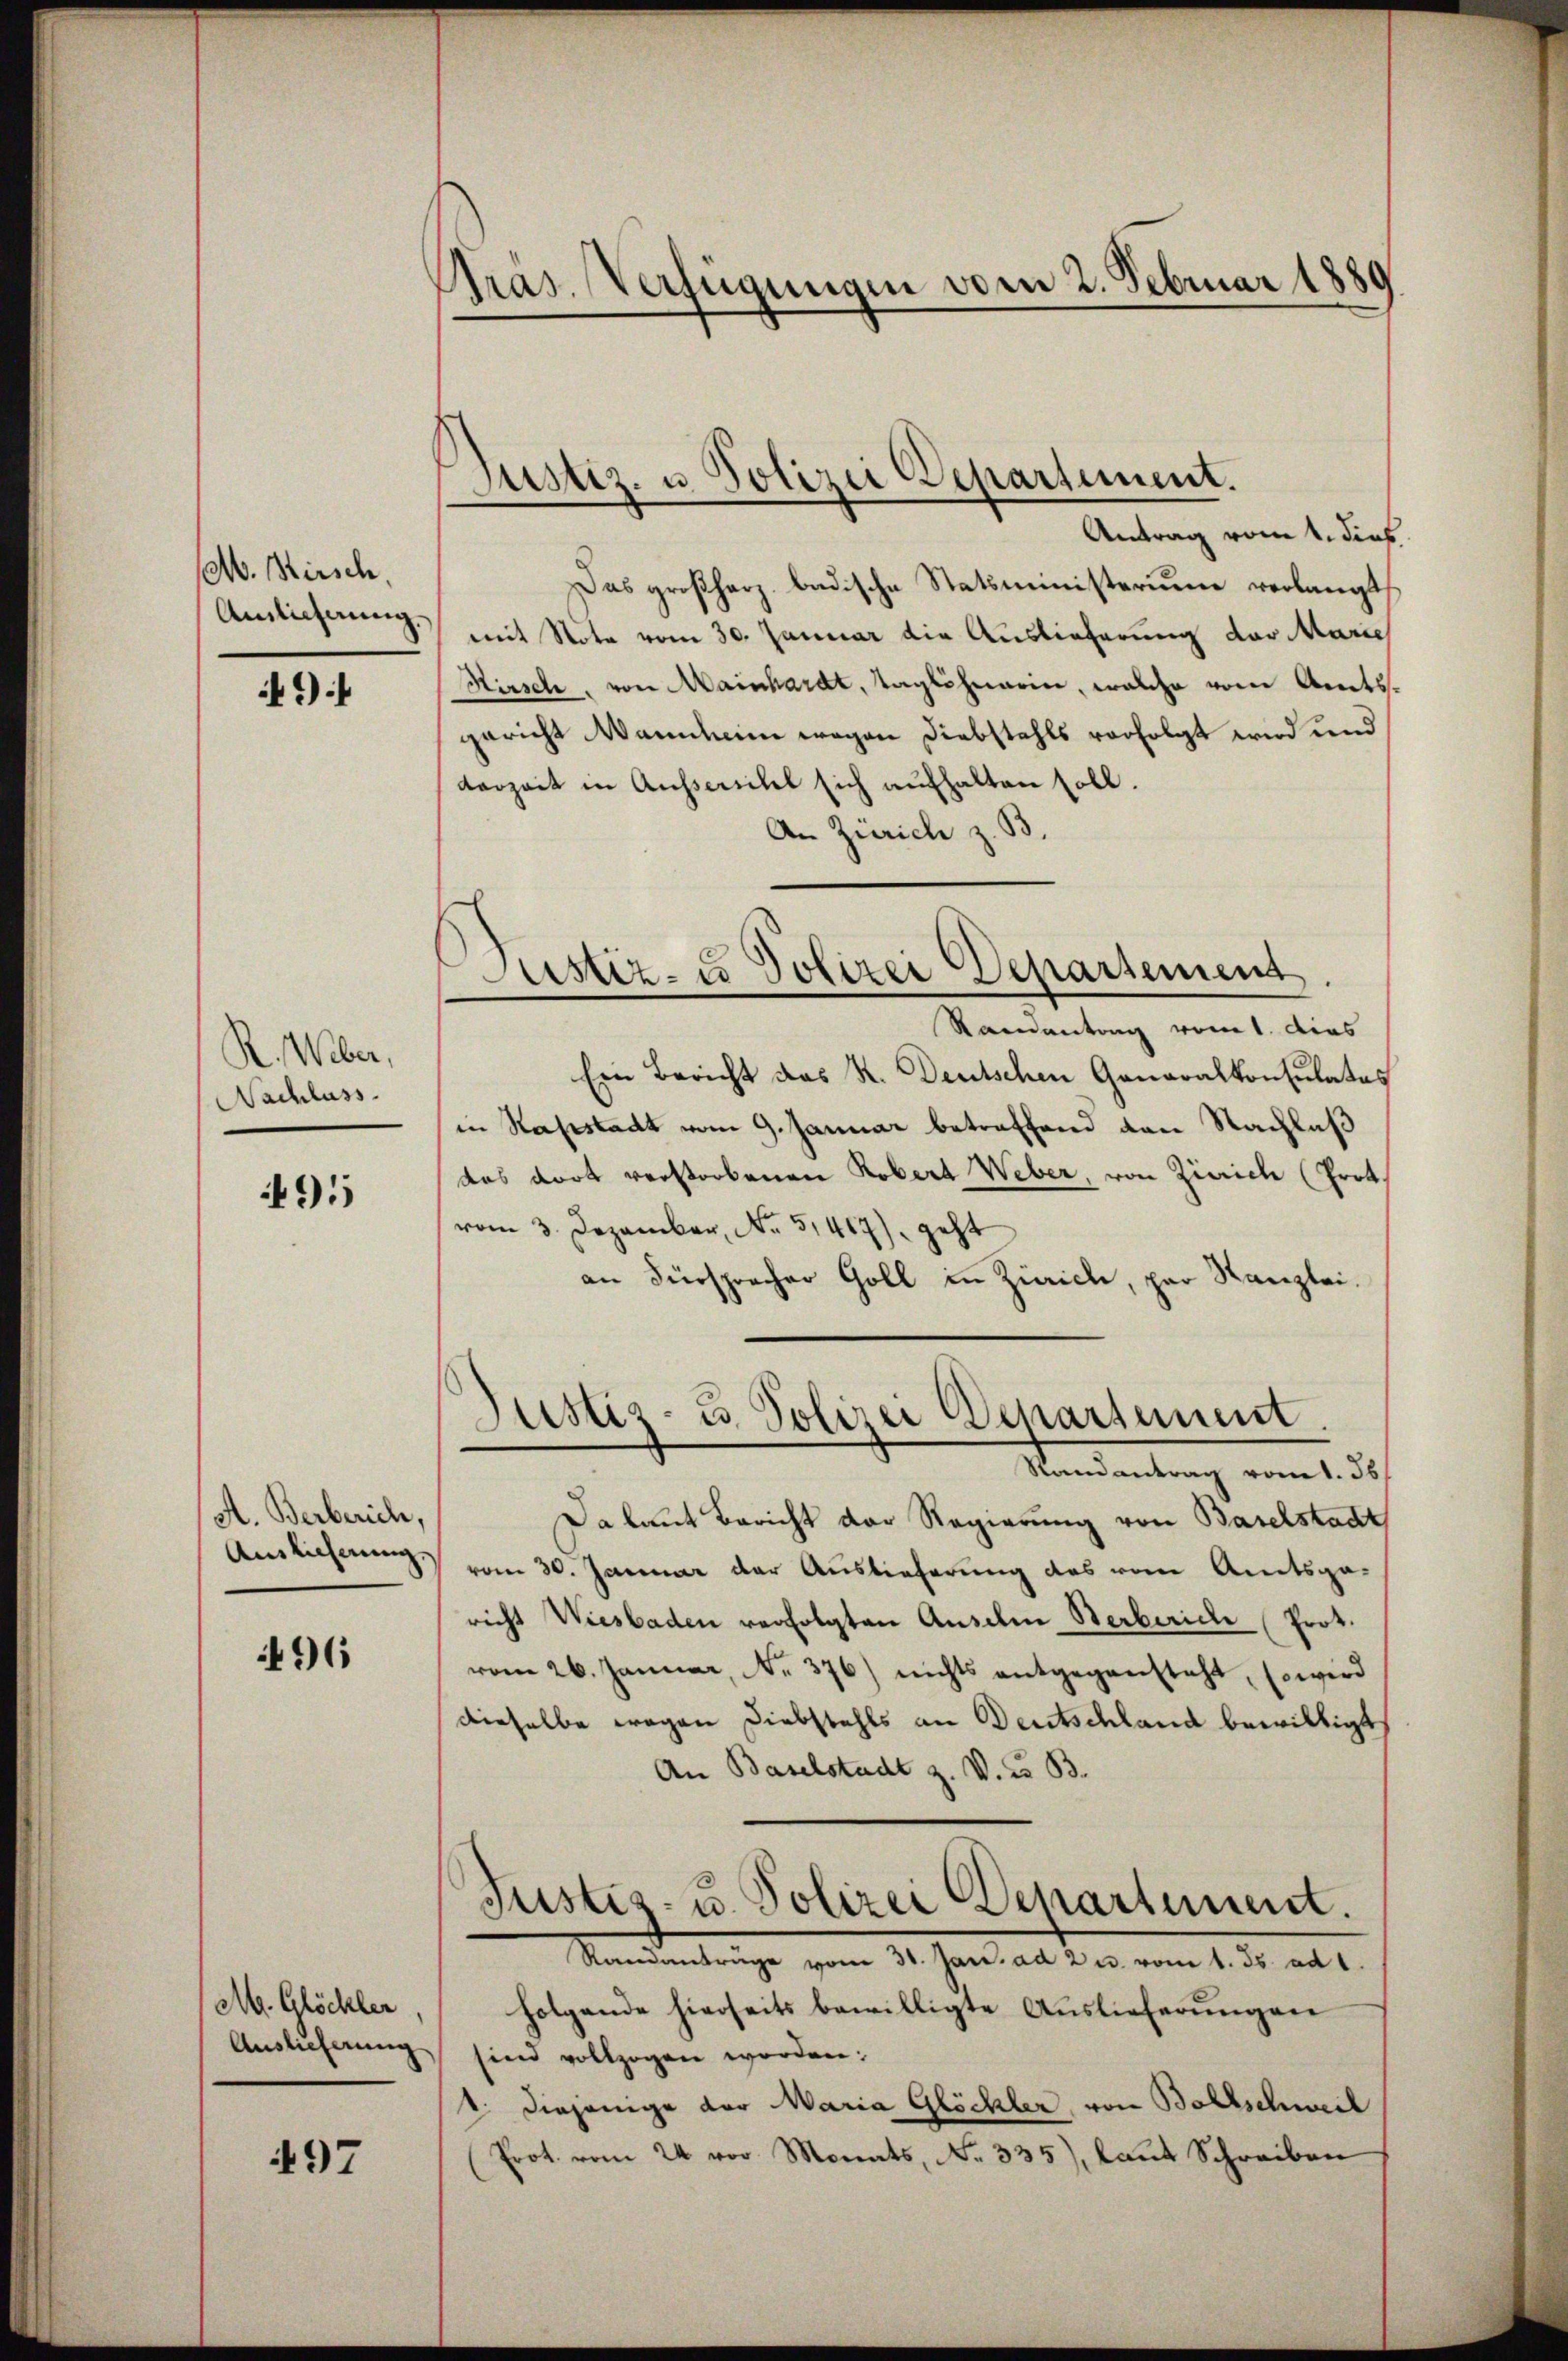
Olb. Hirsch
Amlicherung.

9

R. Weber,
Nachluss.

491

A. Berberich,
Auslicherung.

96

M. Glöckler
Auslieferung

497

Pras. Verfügungen vom 2. Februar 1880

Justiz- u Polizei Departement.

Justiz- u Polizei Departement.

Antrag vom 1. dies
Das großherz bedische Statsministerium verlangt
mit Nota vom 30. Januar die Auslieferung der Marie
Hirsch, von Mainhardt, Taglöhnerin, welche vom Amtsgericht Wannheim wegen Diebstahls vorfolgt wird und
derzeit in Aussericht sich aufhalten soll.
An Zürich z. B.
Randantrag vom 1. dies
Ein Bericht das K. Deutschen Generalkonsulates
in Rapstadt vom 9. Januar betreffend von Nachlaß
des dort verstorbenen Robert Weber, von Zürich (Prot
vom 3. Dezember, No. 51417), geht
an Fürspracher Goll in Zürich, par Kanzlei.
Justiz- u. Polizei Departement.
Randantrag vom 1. 36
Da laut Bericht der Regierung von Baselstadt
vom 30. Januar der Auslieferung des vom Amtsge-
richt Wiesbaden verfolgten Ausdem Herberiche Prot.
vom 26. Januar, No. 376) nichts entgegensteht, so wird
dieselbe wegen Diebstahls an Deutschland bewilligt
An Baselstadt z. V. z. B.
Justiz- u. Polizei Departement.
Randanträge vom 31. Jan. ad 2 u. vom 1. Js. ad 1.
folgende hierseits bewilligte Auslieferungen
sind vollzogen worden;
1: diejenige der Maria Glöchler, von Bollschweil
Prot. vom 24. vor Monats, No. 335), laut Schreiben